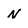
Character: N